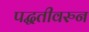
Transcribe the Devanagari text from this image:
पद्घतीवरुन